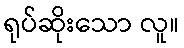
ရုပ်ဆိုးသော လူ။